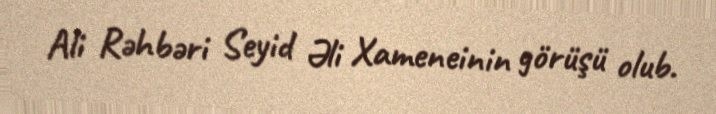
Ali Rəhbəri Seyid Əli Xameneinin görüşü olub.